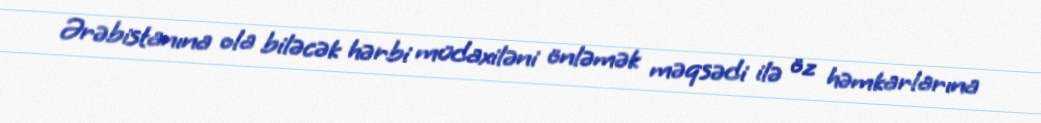
Ərəbistanına ola biləcək hərbi müdaxiləni önləmək məqsədi ilə öz həmkarlarına